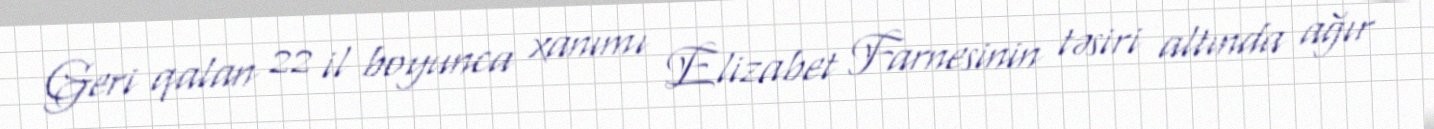
Geri qalan 22 il boyunca xanımı Elizabet Farnesinin təsiri altında ağır